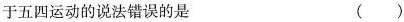
于五四运动的说法错误的是 （）